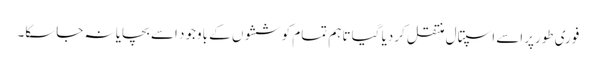
فوری طورپراسے اسپتال منتقل کردیا گیا تاہم تمام کوششوں کے باوجود اسے بچایا نہ جاسکا۔